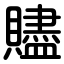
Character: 贐